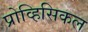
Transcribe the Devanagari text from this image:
प्रोव्हिसिकल